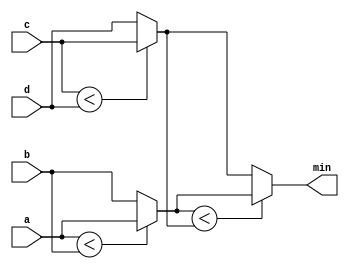
module top_module (
    input [7:0] a, b, c, d,
    output [7:0] min
);

    wire [7:0] min1, min2;

    // Find the minimum between a and b
    assign min1 = (a < b) ? a : b;

    // Find the minimum between c and d
    assign min2 = (c < d) ? c : d;

    // Find the minimum between min1 and min2
    assign min = (min1 < min2) ? min1 : min2;

endmodule